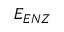
E _ { E N Z }